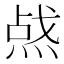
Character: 𰞿